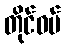
တိုင်ဝမ်